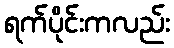
ရက်ပိုင်းကလည်း